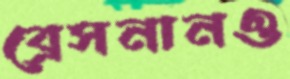
ব্রেসনানও